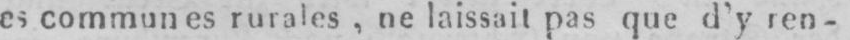
es commune rurales, ne laissait pas que d’y ren-